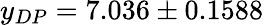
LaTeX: y_{DP}=7.036\pm 0.1588